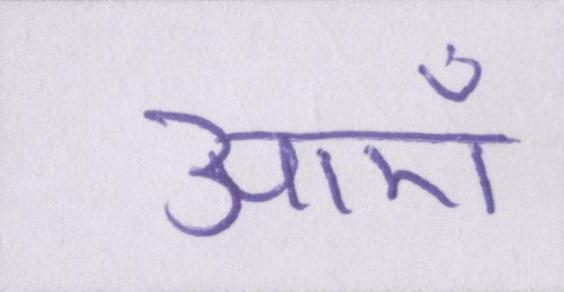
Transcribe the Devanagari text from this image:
आएँ